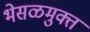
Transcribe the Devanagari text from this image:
भेसळमुक्त